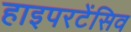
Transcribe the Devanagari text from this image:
हाइपरटेंसिव